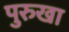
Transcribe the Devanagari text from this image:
पुरुखा